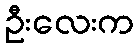
ဦးလေးက